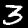
Label: 3